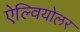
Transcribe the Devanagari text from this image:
ऐल्वियोलर